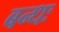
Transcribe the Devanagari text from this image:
बन्धः